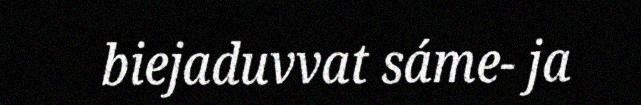
biejaduvvat sáme- ja